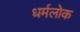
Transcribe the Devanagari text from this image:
धर्मलोक